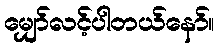
မျှော်လင့်ပါတယ်နော်။